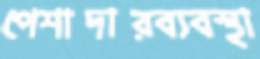
পেশাদারব্যবস্থা